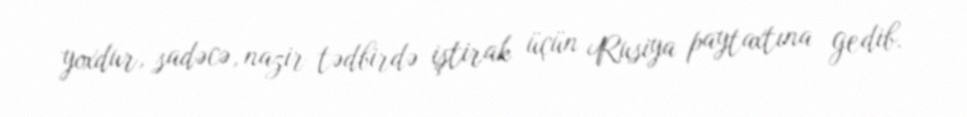
yoxdur, sadəcə, nazir tədbirdə iştirak üçün Rusiya paytaxtına gedib.